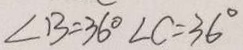
\angle B = 3 6 ^ { \circ } \angle C = 3 6 ^ { \circ }